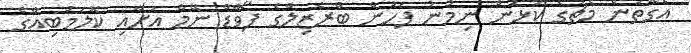
އެގޮތުން މެޗުގެ ކުޅުން ނިމުނު ފަހުން ބްރެޒިލްގެ ފޯވާޑް ނޭމާ އަށާއި ކޮލަމްބިއާގެ